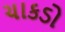
ચાકડો